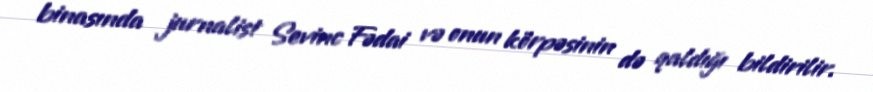
binasında jurnalist Sevinc Fədai və onun körpəsinin də qaldığı bildirilir.